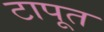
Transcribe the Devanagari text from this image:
टापूत